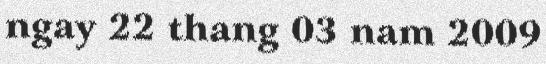
ngay 22 thang 03 nam 2009